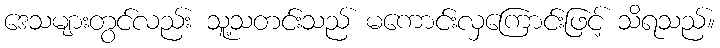
ဒေသများတွင်လည်း သူ့သတင်းသည် မကောင်းလှကြောင်းဖြင့် သိရသည်။